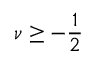
\nu \ge - \frac { 1 } { 2 }